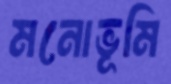
মনোভূমি